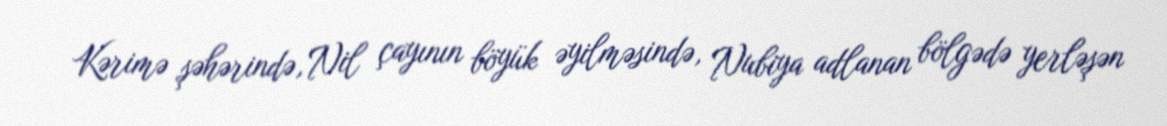
Kərimə şəhərində, Nil çayının böyük əyilməsində, Nubiya adlanan bölgədə yerləşən